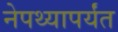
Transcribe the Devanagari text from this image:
नेपथ्यापर्यंत